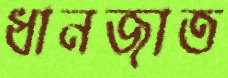
ধানজাত